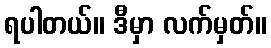
ရပါတယ်။ ဒီမှာ လက်မှတ်။